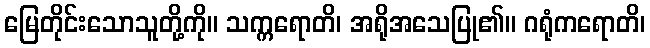
မြေတိုင်းသောသူတို့ကို။ သက္ကရောတိ၊ အရိုအသေပြု၏။ ဂရုံကရောတိ၊